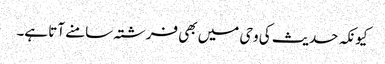
کیونکہ حدیث کی وحی میں بھی فرشتہ سامنے آتا ہے۔